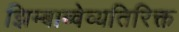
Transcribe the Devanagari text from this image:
झिम्बाब्वेव्यतिरिक्त